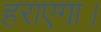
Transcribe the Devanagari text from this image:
हराएगा।